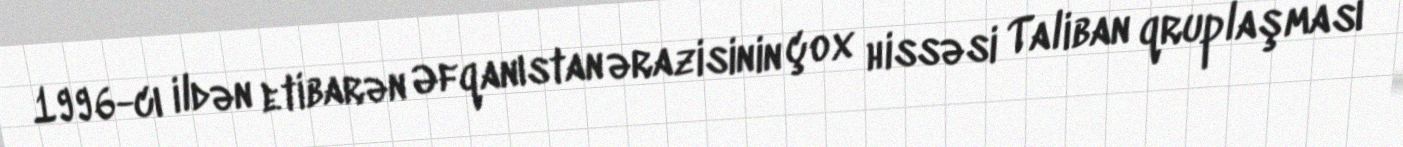
1996-cı ildən etibarən Əfqanıstan ərazisinin çox hissəsi Taliban qruplaşması